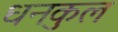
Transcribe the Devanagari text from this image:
धनकुल